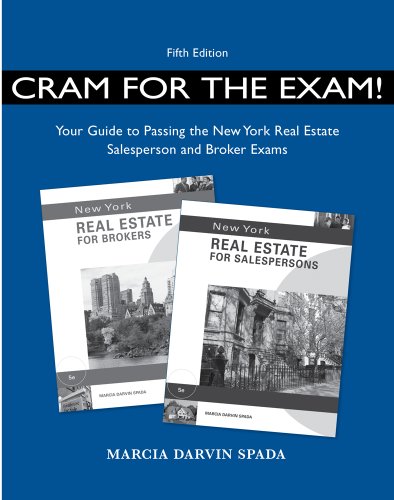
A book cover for Cram for Exam! Your Guide to Pass the New York Real Estate Sale Exam; Marcia Darvin Spada; Business & Money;